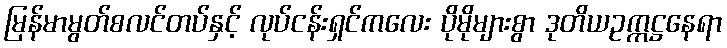
မြန်မာမွတ်စလင်တပ်နှင့် လုပ်ငန်းရှင်ကလေး ပိုမိုများစွာ ဒုတိယဥက္ကဋ္ဌနေရာ